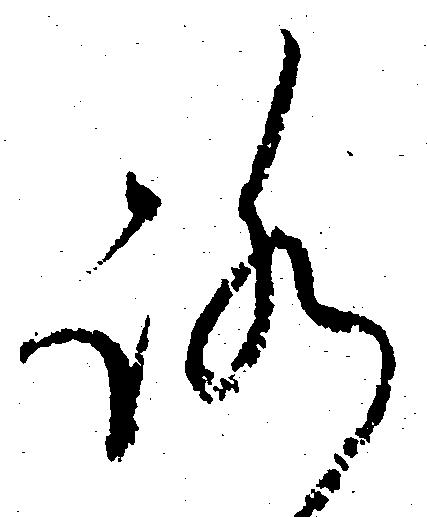
ろ